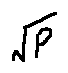
\sqrt { P }